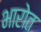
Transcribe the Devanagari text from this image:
भारोत